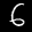
Label: 6